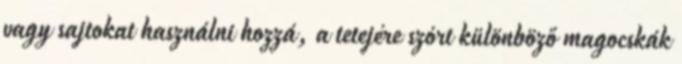
vagy sajtokat használni hozzá, a tetejére szórt különböző magocskák